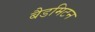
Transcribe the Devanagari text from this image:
बैडमिटन